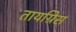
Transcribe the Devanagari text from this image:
तायग्रिस